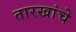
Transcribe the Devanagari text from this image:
तारखांचे